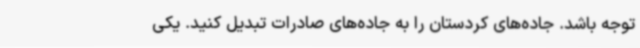
توجه باشد. جاده‌های کردستان را به جاده‌های صادرات تبدیل کنید. یکی